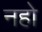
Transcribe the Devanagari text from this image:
नहो